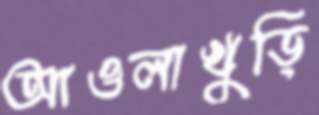
আওলাখুড়ি